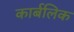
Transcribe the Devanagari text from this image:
कार्बलिक